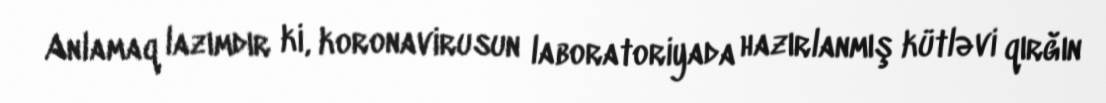
Anlamaq lazımdır ki, koronavirusun laboratoriyada hazırlanmış kütləvi qırğın